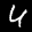
Label: 4